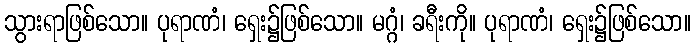
သွားရာဖြစ်သော။ ပုရာဏံ၊ ရှေး၌ဖြစ်သော။ မဂ္ဂံ၊ ခရီးကို။ ပုရာဏံ၊ ရှေး၌ဖြစ်သော။